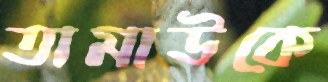
তামাউকে